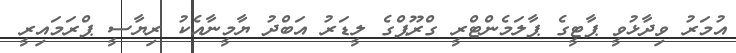
އުމަރު ވިދާޅުވީ ޕާޓީގެ ޕާލަމެންޓްރީ ގްރޫޕްގެ ލީޑަރު އަބްދު ޔާމީނާއެކު ރިޔާސީ ޕްރަމައިރީ